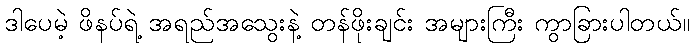
ဒါပေမဲ့ ဖိနပ်ရဲ့ အရည်အသွေးနဲ့ တန်ဖိုးချင်း အများကြီး ကွာခြားပါတယ်။